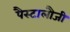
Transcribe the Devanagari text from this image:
पैस्टालौजी